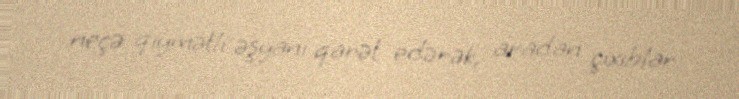
neçə qiymətli əşyanı qarət edərək, aradan çıxıblar.